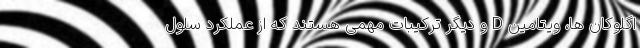
اگلوکان ها، ویتامین D و دیگر ترکیبات مهمی هستند که از عملکرد سلول